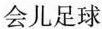
会儿足球